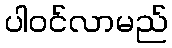
ပါဝင်လာမည်